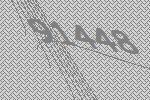
91448